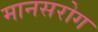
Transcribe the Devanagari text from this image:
मानसरोग